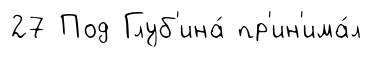
27 Под Глуб'ина́ пр'ин'има́л